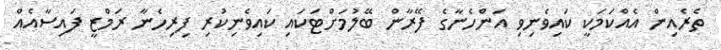
ތެރެއިން އެއްކަމަކީ ކައިވެނިވި އަންހެނާގެ ފޭރާން ބޭލުމަށްޓަކައި ކައިވެނިކުރި ފިރިހެނާ ރަމްޒީ ފައިސާއެއް